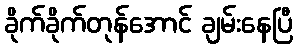
ခိုက်ခိုက်တုန်အောင် ချမ်းနေပြီ